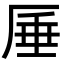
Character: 厜